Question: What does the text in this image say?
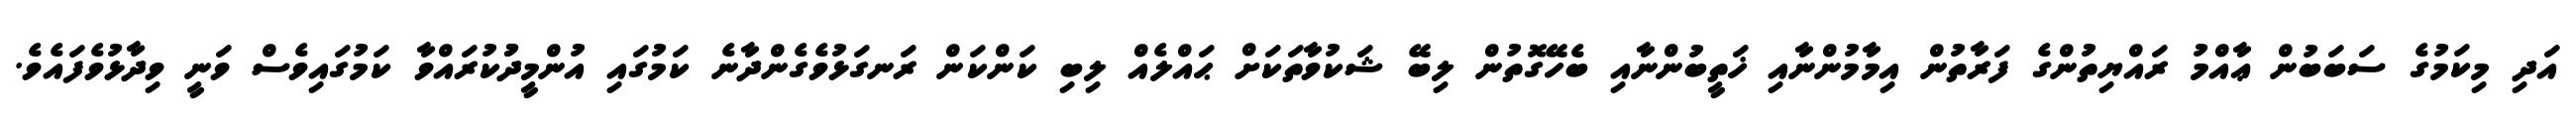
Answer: އަދި މިކަމުގެ ސަބަބުން ޢާއްމު ރައްޔިތުންގެ ފަރާތުން އިމާމުންނާއި ޚަތީބުންނާއި ބެހޭގޮތުން ލިބޭ ޝަކުވާތަކަށް ޙައްލެއް ލިބި ކަންކަން ރަނގަޅުވެގެންދާނެ ކަމުގައި އުންމީދުުކުރައްވާ ކަމުގައިވެސް ވަނީ ވިދާޅުވެފައެވެ.